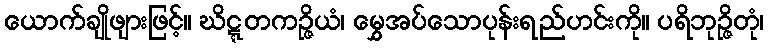
ယောက်ချိုဖျားဖြင့်။ ဃိဋ္ဋတကဉ္ဇိယံ၊ မွှေအပ်သောပုန်းရည်ဟင်းကို။ ပရိဘုဉ္ဇိတုံ၊